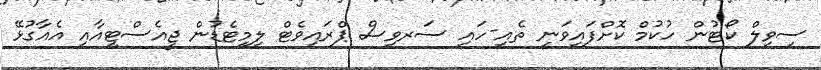
ސިވިލް ކޯޓުން ހުކުމް ކޮށްފައިވަނީ ތެއި-ހައި ސަރވިސް ޕްރައިވެޓް ލިމިޓެޑުން ޖީއެސްޓީއާއި އެއާގުޅޭ